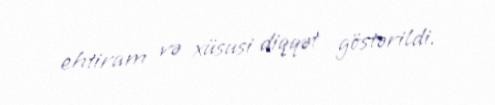
ehtiram və xüsusi diqqət göstərildi.